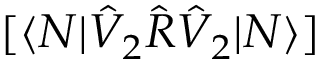
[ \langle N | \hat { V } _ { 2 } \hat { R } \hat { V } _ { 2 } | N \rangle ]